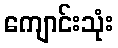
ကျောင်းသုံး